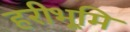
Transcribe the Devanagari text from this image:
हरीभूमि